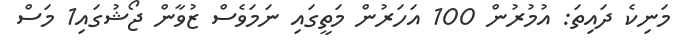
މަނިކެ ދައިތަ: އުމުރުން 100 އަހަރުން މަތީގައި ނަމަވެސް ޒުވާން ޖޯޝުގައި1 މަސް